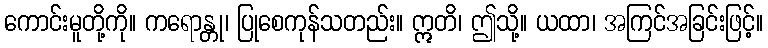
ကောင်းမူတို့ကို။ ကရောန္တု၊ ပြုစေကုန်သတည်း။ ဣတိ၊ ဤသို့။ ယထာ၊ အကြင်အခြင်းဖြင့်။